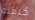
كلمته